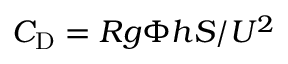
C _ { \mathrm { D } } = R g \Phi h S / U ^ { 2 }